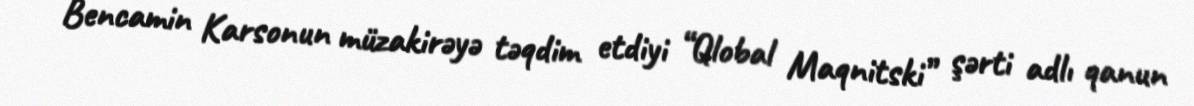
Bencamin Karsonun müzakirəyə təqdim etdiyi “Qlobal Maqnitski” şərti adlı qanun